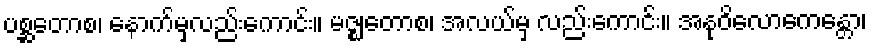
ပစ္ဆတောစ၊ နောက်မှလည်းကောင်း။ မဇ္ဈတောစ၊ အလယ်မှ လည်းကောင်း။ အနုဝိလောကေန္တော၊